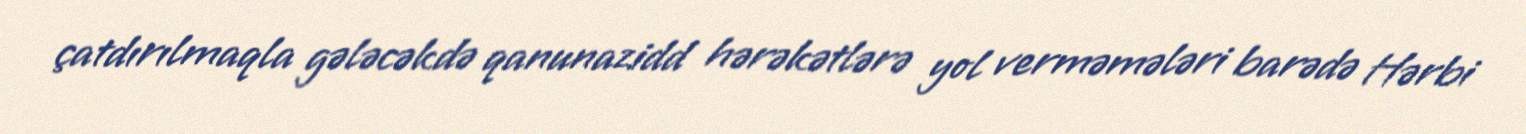
çatdırılmaqla gələcəkdə qanunazidd hərəkətlərə yol verməmələri barədə Hərbi